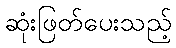
ဆုံးဖြတ်ပေးသည့်